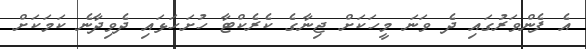
އެ ފެންވަރުގައި ދެ ވަނަ މީހަކަށް ޖިނާގެ ކެރެކްޓާ ހުށަހަޅައި ދެވިދާނެ ކަމަކަށް